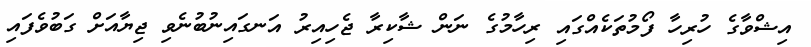
އިޝްވާގެ ހުރިހާ ފޯމުތަކެއްގައި ރިހާމުގެ ނަން ޝާކިރާ ޖެހިއިރު އަނގައިނުބުނެވި ޖިޔާއަށް ގަބުވެފައި